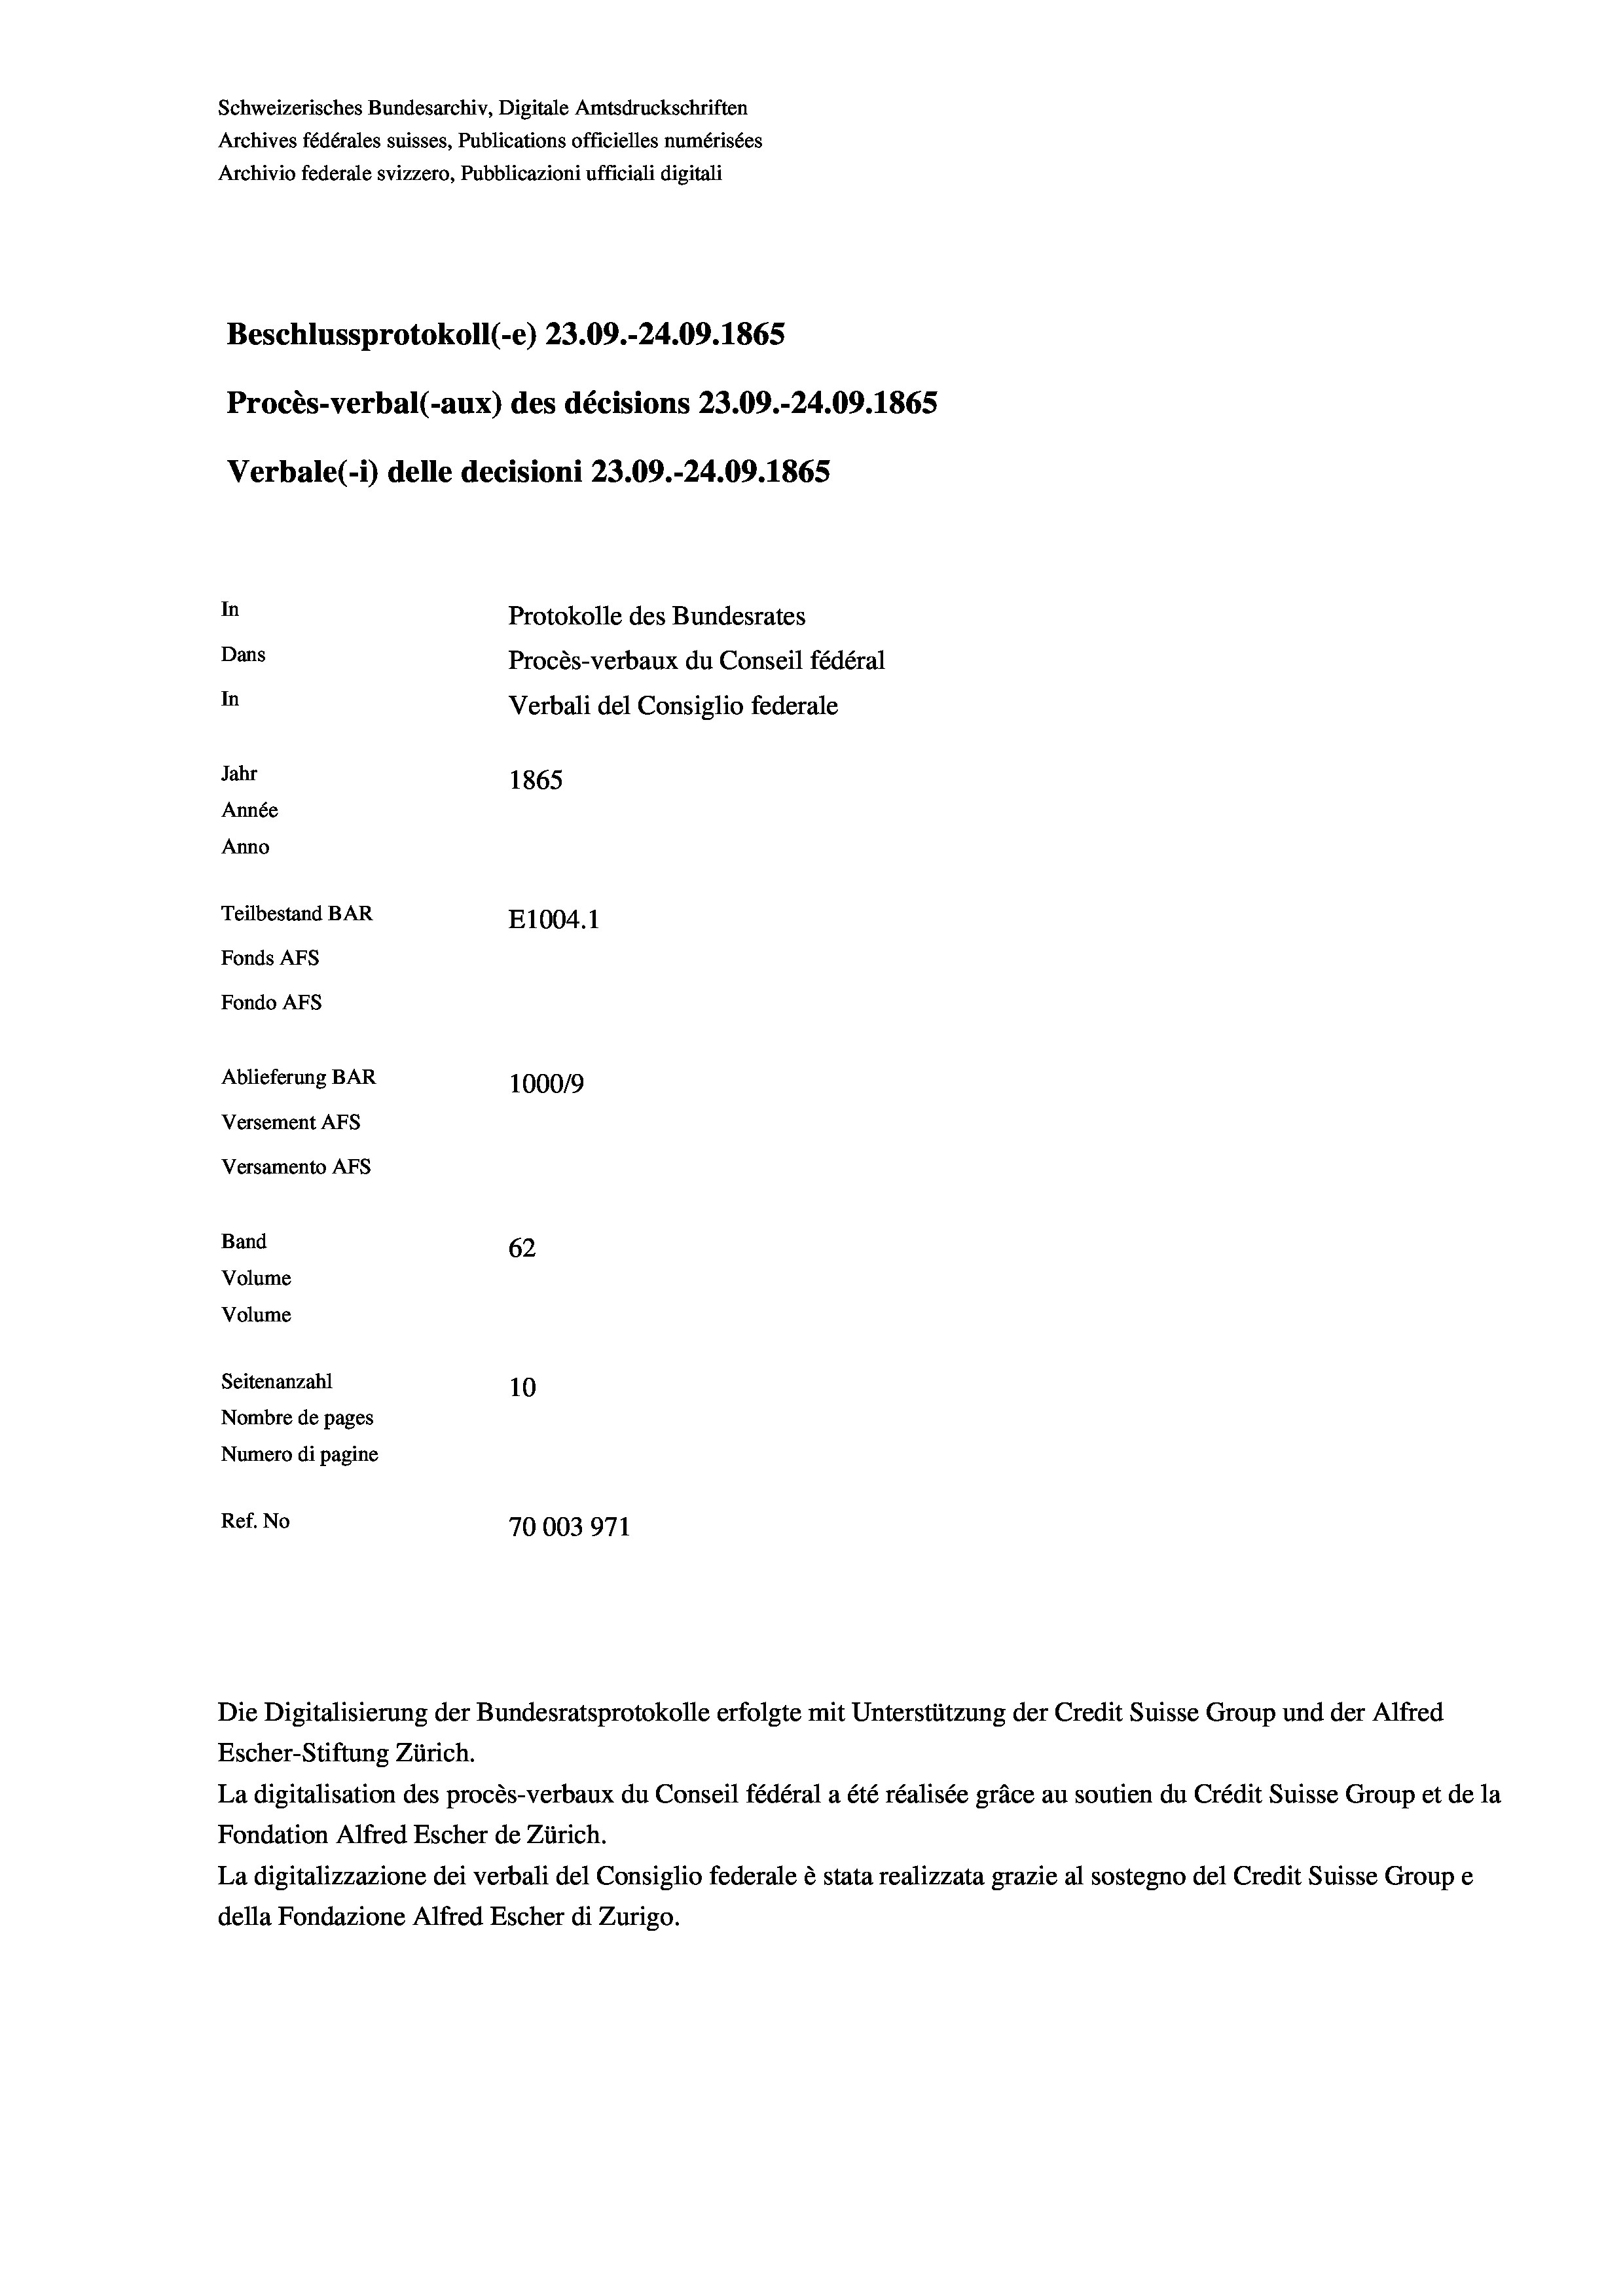
Schweizerisches Bundesarchiv, Digitale Amtsdruckschriften
Archives fédérales suisses, Publications officielles numérisées
Archivio federale svizzero, Pubblicazioni ufficiali digitali
Beschlussprotokoll (-e) 23.09.-24.09. 1865
Procès-verbal (-aux) des décisions 23.09.-24.09. 1865
Verbale (i) delle decisioni 23.09.-24.09. 1865
In
Protokolle des Bundesrates
Dans
Procès-verbaux du Conseil fédéral
In
Verbali del Consiglio federale
Jahr
1865
Année
Anno
Teilbestand BAR
E1004.1
Fonds AFs
Fondo Afs
Ablieferung BAR
100019
Versement AFs
Versamento AFs
Band
62
Volume
Volume
Seitenanzahl
10
Nombre de pages
Numero di pagine
Ref. No
70003971

Escher-Stiftung Zürich.
La digitalisation des procès-verbaux du Conseil fédéral a été réalisée gräce au soutien du Crédit Suisse Group et de la
Fondation Alfred Escher de Zürich.
La digitalizzazione dei verbali del Consiglio federale è stata realizzata grazie al sostegno del Credit Suisse Groupe
della Fondazione Alfred Escher di Zurigo.

Die Digitalisierung der Bundesratsprotokolle erfolgte mit Unterstützung der Credit Suisse Group und der Alfred